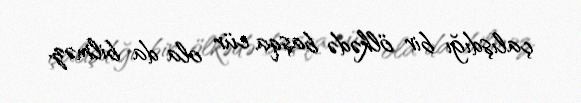
çalışdığı bir ölkədə başqa cür ola da bilməz.